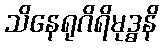
သိနေရုဂိရိမုဒ္ဓနိ